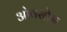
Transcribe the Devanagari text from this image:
ओवरहेम